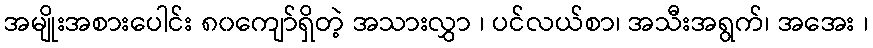
အမျိုးအစားပေါင်း ၈၀ကျော်ရှိတဲ့ အသားလွှာ ၊ ပင်လယ်စာ၊ အသီးအရွက်၊ အအေး ၊